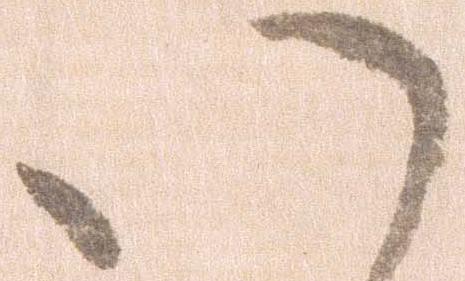
い